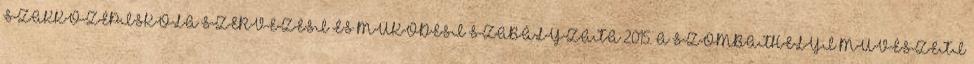
SZAKKÖZÉPISKOLA SZERVEZÉSI ÉS MŰKÖDÉSI SZABÁLYZATA 2015. A SZOMBATHELYI MŰVÉSZETI